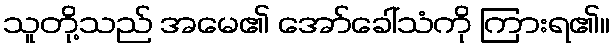
သူတို့သည် အမေ၏ အော်ခေါ်သံကို ကြားရ၏။